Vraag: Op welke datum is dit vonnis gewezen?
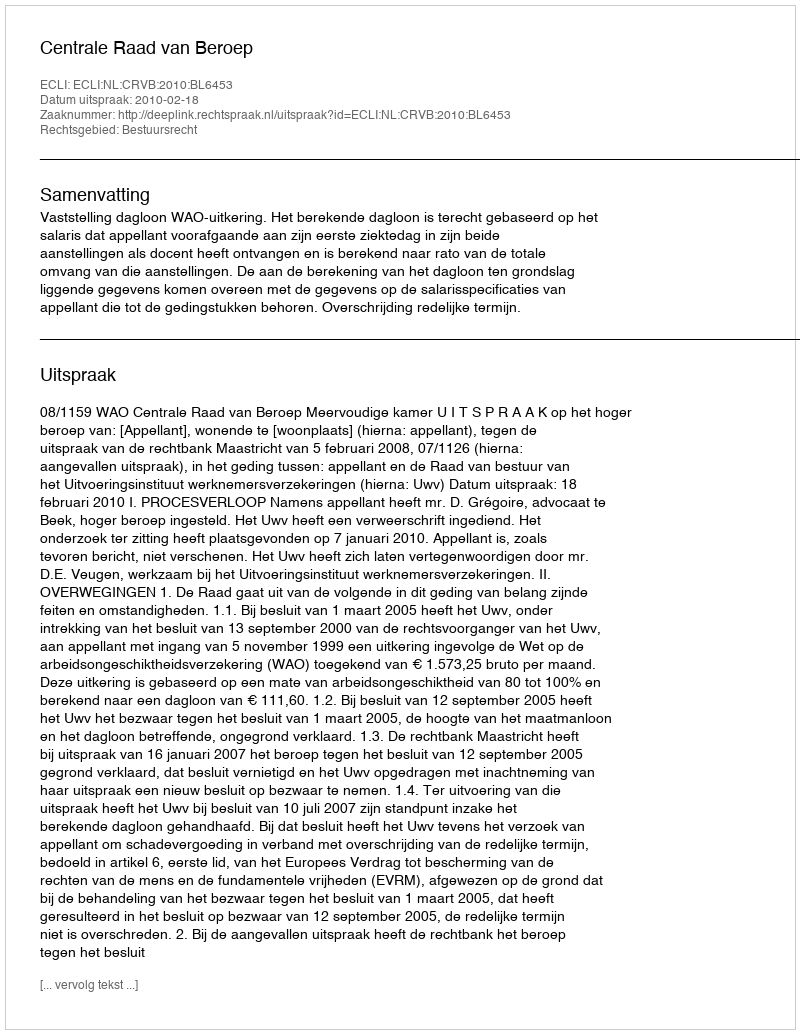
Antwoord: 2010-02-18